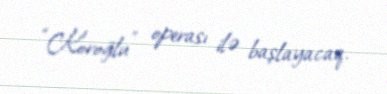
“Koroğlu” operası ilə başlayacaq.